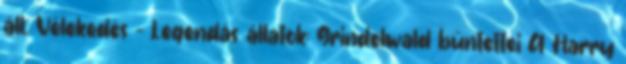
áll. Vélekedés - Legendás állatok: Grindelwald bűntettei A Harry